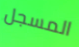
المسجل